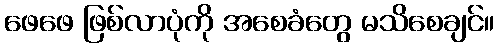
ဖေဖေ ဖြစ်လာပုံကို အစေခံတွေ မသိစေချင်။